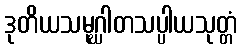
ဒုတိယသမုဂ္ဃါတသပ္ပါယသုတ္တံ